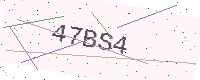
Text: 47BS4